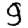
Digit: 9